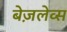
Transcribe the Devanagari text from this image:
बेज़लेव्स